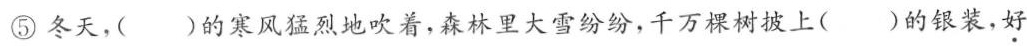
⑤冬天，()的寒风猛烈地吹着，森林里大雪纷纷，千万棵树披上()的银装，好